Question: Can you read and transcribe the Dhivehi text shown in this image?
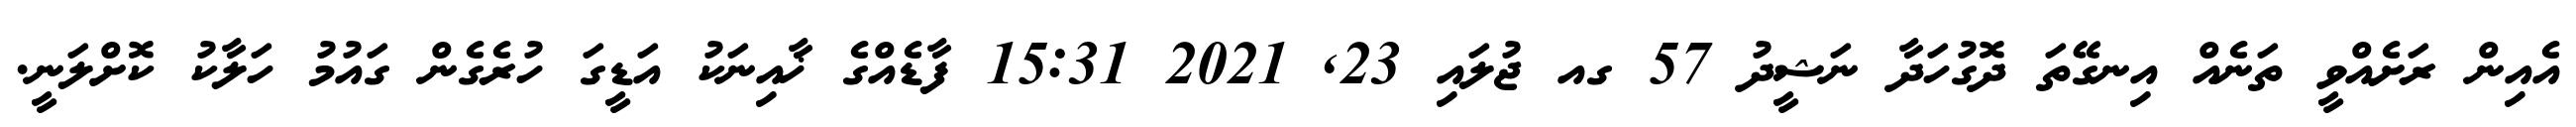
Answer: އެއިން ރަށެއްވީ ތަނެއް އިނގޭތަ ދޮގުހަދާ ނަޝީދު 57 ގއ ޖުލައި 23, 2021 15:31 ފާޑެއްގެ ޚާއިނަކު އަޑީގަ ހުރެގެން ގައުމު ހަލާކު ކޮށްލަނީ.